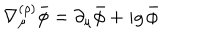
LaTeX: \nabla _ { \mu } ^ { ( \rho ) } \bar { \phi } = \partial _ { \mu } \bar { \phi } + i g \, \bar { \phi }